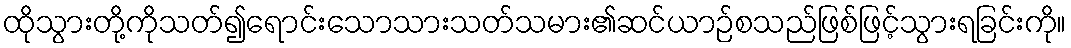
ထိုသွားတို့ကိုသတ်၍ရောင်းသောသားသတ်သမား၏ဆင်ယာဉ်စသည်ဖြစ်ဖြင့်သွားရခြင်းကို။